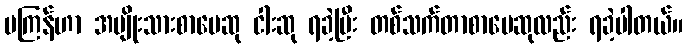
မကြန်ဟာ အမျိုးသားစာပေဆု ငါးဆု ရခဲ့ပြီး တစ်သက်တာစာပေဆုလည်း ရခဲ့ပါတယ်။